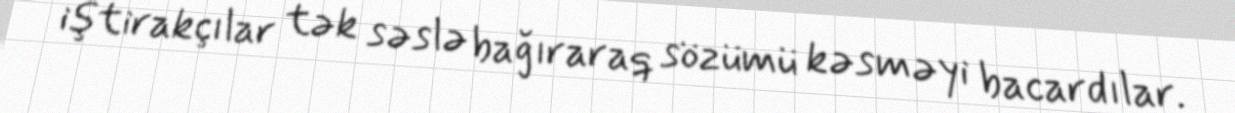
iştirakçılar tək səslə bağıraraq sözümü kəsməyi bacardılar.